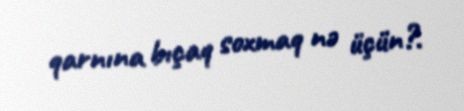
qarnına bıçaq soxmaq nə üçün?.